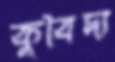
কুবৈদ্য